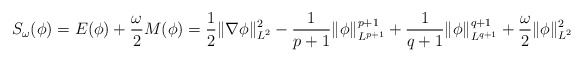
\begin{align*}S_\omega(\phi) = E(\phi)+\frac{\omega}{2} M(\phi) = \frac{1}{2}\|\nabla \phi\|^2_{L^2} -\frac{1}{p+1}\|\phi\|^{p+1}_{L^{p+1}} + \frac{1}{q+1}\|\phi\|^{q+1}_{L^{q+1}} + \frac{\omega}{2}\|\phi\|^2_{L^2}\end{align*}